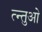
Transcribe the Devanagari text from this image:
त्न्तुओ